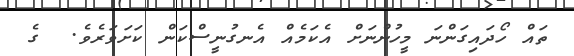
ތައް ހޯދައިގަންނަ މީހުންނަށް އެކަމެއް އެނގުނީސްކަން ކަށަވަރެވެ.  ގެ